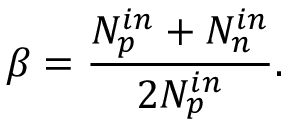
\beta = \frac { N _ { p } ^ { i n } + N _ { n } ^ { i n } } { 2 N _ { p } ^ { i n } } .